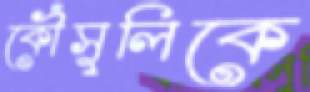
কৌঁসুলিকে